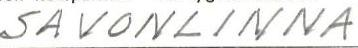
SAVONLINNA